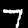
Digit: 7